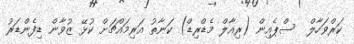
ކަރްވަހާލް  ސްޕެއިން (ރިއާލް މެޑްރިޑް) ކަނާތު އަރިމައްޗަށް ކުޅޭ ޒުވާން ޑިފެންޑަރު